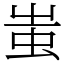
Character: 蚩